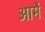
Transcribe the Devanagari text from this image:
आर्मे